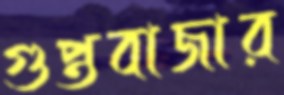
গুপ্তবাজার